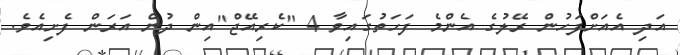
އަދި އެއަށްފަހުން ރޭލުގެ އެންމެ ފަހަތުގައިވާ 4 "ކެރިއޭޖް"އިން ދުން އަރަން ފެށިއެވެ.